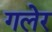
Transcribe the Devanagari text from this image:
गलेर